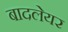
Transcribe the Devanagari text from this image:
बादलेयर